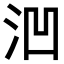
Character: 𪵲